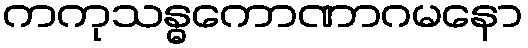
ကကုသန္ဓကောဏာဂမနော